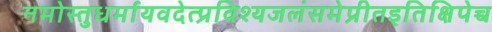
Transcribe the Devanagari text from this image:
नमोस्तुधर्मायवदेत्प्रविश्यजलंसमेप्रीतइतिक्षिपेच्च